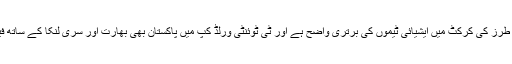
ٹی ٹوئنٹی طرز کی کرکٹ میں ایشیائی ٹیموں کی برتری واضح ہے اور ٹی ٹوئنٹی ورلڈ کپ میں پاکستان بھی بھارت اور سری لنکا کے ساتھ فیورٹ ہے۔